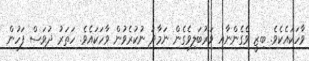
ވާހަކައެކެވެ. ބިޒީ ވެގެންނާއި ވަރުބަލިވެގެން ނަމާދު ނުކުރެވުން ވާހަކައެވެ. ހަތަރު ދުވަސް ފަހުން